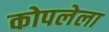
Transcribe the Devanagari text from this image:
कोपलेला